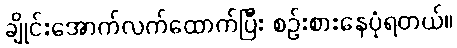
ချိုင်းအောက်လက်ထောက်ပြီး စဉ်းစားနေပုံရတယ်။